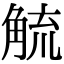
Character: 𮗲